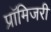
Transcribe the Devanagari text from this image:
प्रॉमिजरी